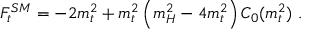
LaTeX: F _ { t } ^ { S M } = - 2 m _ { t } ^ { 2 } + m _ { t } ^ { 2 } \left( m _ { H } ^ { 2 } - 4 m _ { t } ^ { 2 } \right) C _ { 0 } ( m _ { t } ^ { 2 } ) \, \, .